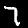
Digit: 7